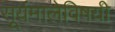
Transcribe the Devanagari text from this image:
सूर्यमालेविषयी